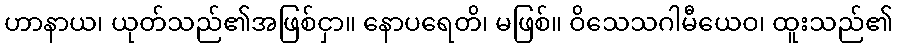
ဟာနာယ၊ ယုတ်သည်၏အဖြစ်ငှာ။ နောပရေတိ၊ မဖြစ်။ ဝိသေသဂါမီယေဝ၊ ထူးသည်၏